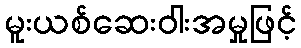
မူးယစ်ဆေးဝါးအမှုဖြင့်